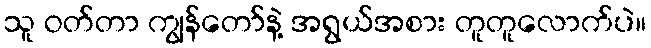
သူ ဝတ်တာ ကျွန်တော်နဲ့ အရွယ်အစား တူတူလောက်ပဲ။